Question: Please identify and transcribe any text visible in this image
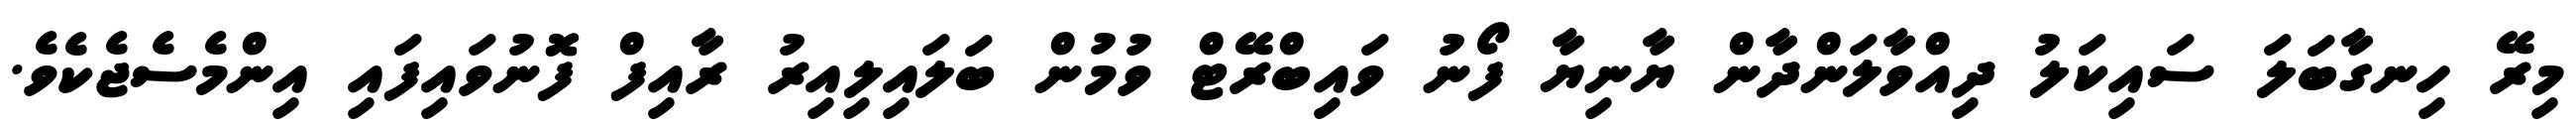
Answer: މިރޭ ހިނގާބަލަ ސައިކަލު ދިއްވާލަންދާން ޔާނިޔާ ފޯނު ވައިބްރޭޓް ވުމުން ބަލައިލިއިރު ރާއިފް ފޮނުވައިފައި އިންމެސެޖެކެވެ.